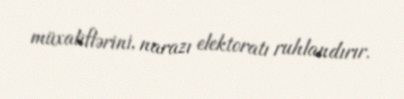
müxaliflərini, narazı elektoratı ruhlandırır.